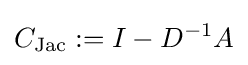
C_{\text{Jac}}:=I-D^{-1}A